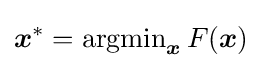
{\boldsymbol {x}}^{*}=\operatorname {argmin} _{\boldsymbol {x}}F({\boldsymbol {x}})